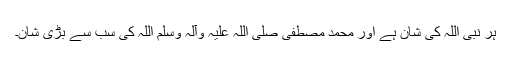
ہر نبی اللہ کی شان ہے اور محمد مصطفیٰ صلی اللہ علیہ وآلہ وسلم اللہ کی سب سے بڑی شان۔